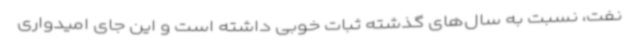
نفت، نسبت به سال‌های گذشته ثبات خوبی داشته است و این جای امیدواری